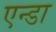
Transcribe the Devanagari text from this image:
एन्डा